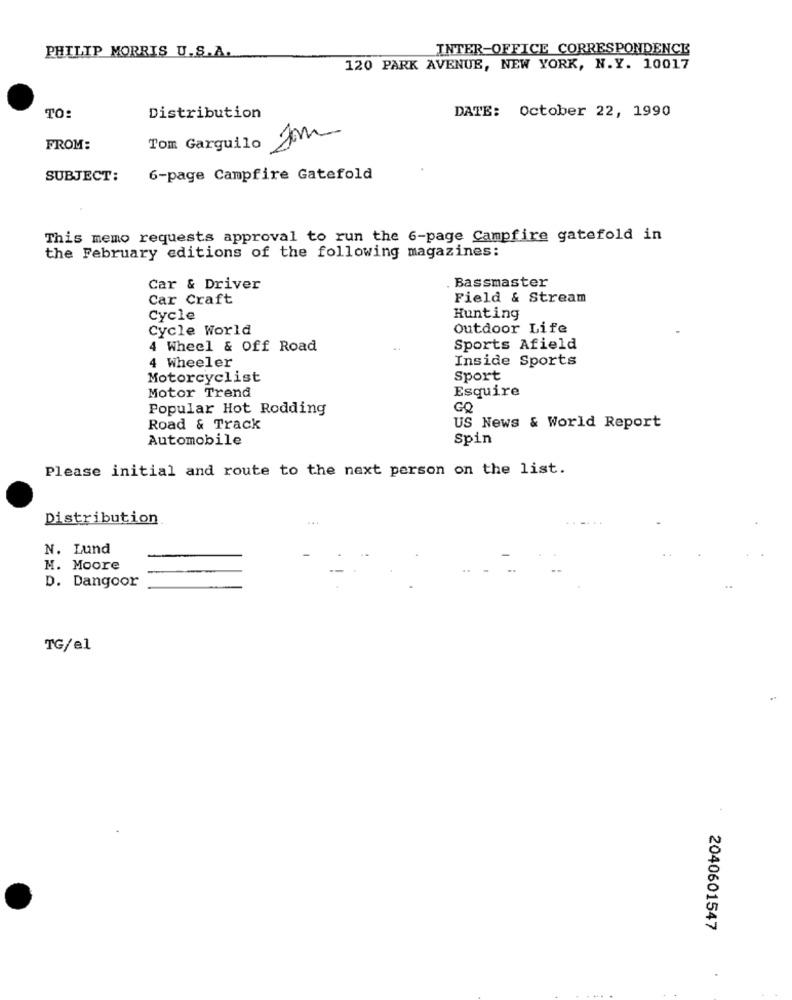
INTER-OFFICE CORRESPONDENCE
PHILIP MORRIS U.S.A.
120 PARK AVENUE, NEW YORK, N.Y. 10017
DATE: October 22, 1990
TO:
Distribution
Tom Garquilo Som
FROM:
SUBJECT:
6-page Campfire Gatefold
This memo requests approval to run the 6-page Campfire gatefold in
the February editions of the following magazines:
Bassmaster
Car & Driver
Car Craft
Field & Stream
Cycle
Hunting
Cycle World
Outdoor Life
4 Wheel & Off Road
Sports Afield
Inside Sports
4 Wheeler
Motorcyclist
Sport
Motor Trend
Esquire
Popular Hot Rodding
GQ
Road & Track
US News & World Report
Automobile
Spin
Please initial and route to the next person on the list.
Distribution
N. Lund
M. Moore
D. Dangoor
TG/el
2040601547